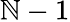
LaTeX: \mathbb{N}-1